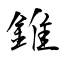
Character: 錐